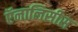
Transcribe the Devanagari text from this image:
ऍनालिसीस